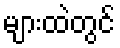
များထဲတွင်